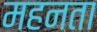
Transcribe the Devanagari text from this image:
महनता